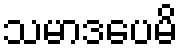
သမာဒပေမိ